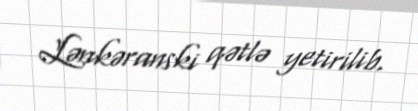
Lənkəranski qətlə yetirilib.